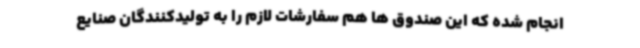
انجام شده که این صندوق ها هم سفارشات لازم را به تولیدکنندگان صنایع